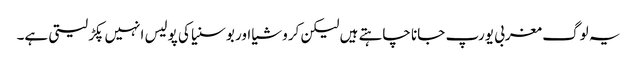
یہ لوگ مغربی یورپ جانا چاہتے ہیں لیکن کروشیا اور بوسنیا کی پولیس انہیں پکڑ لیتی ہے۔